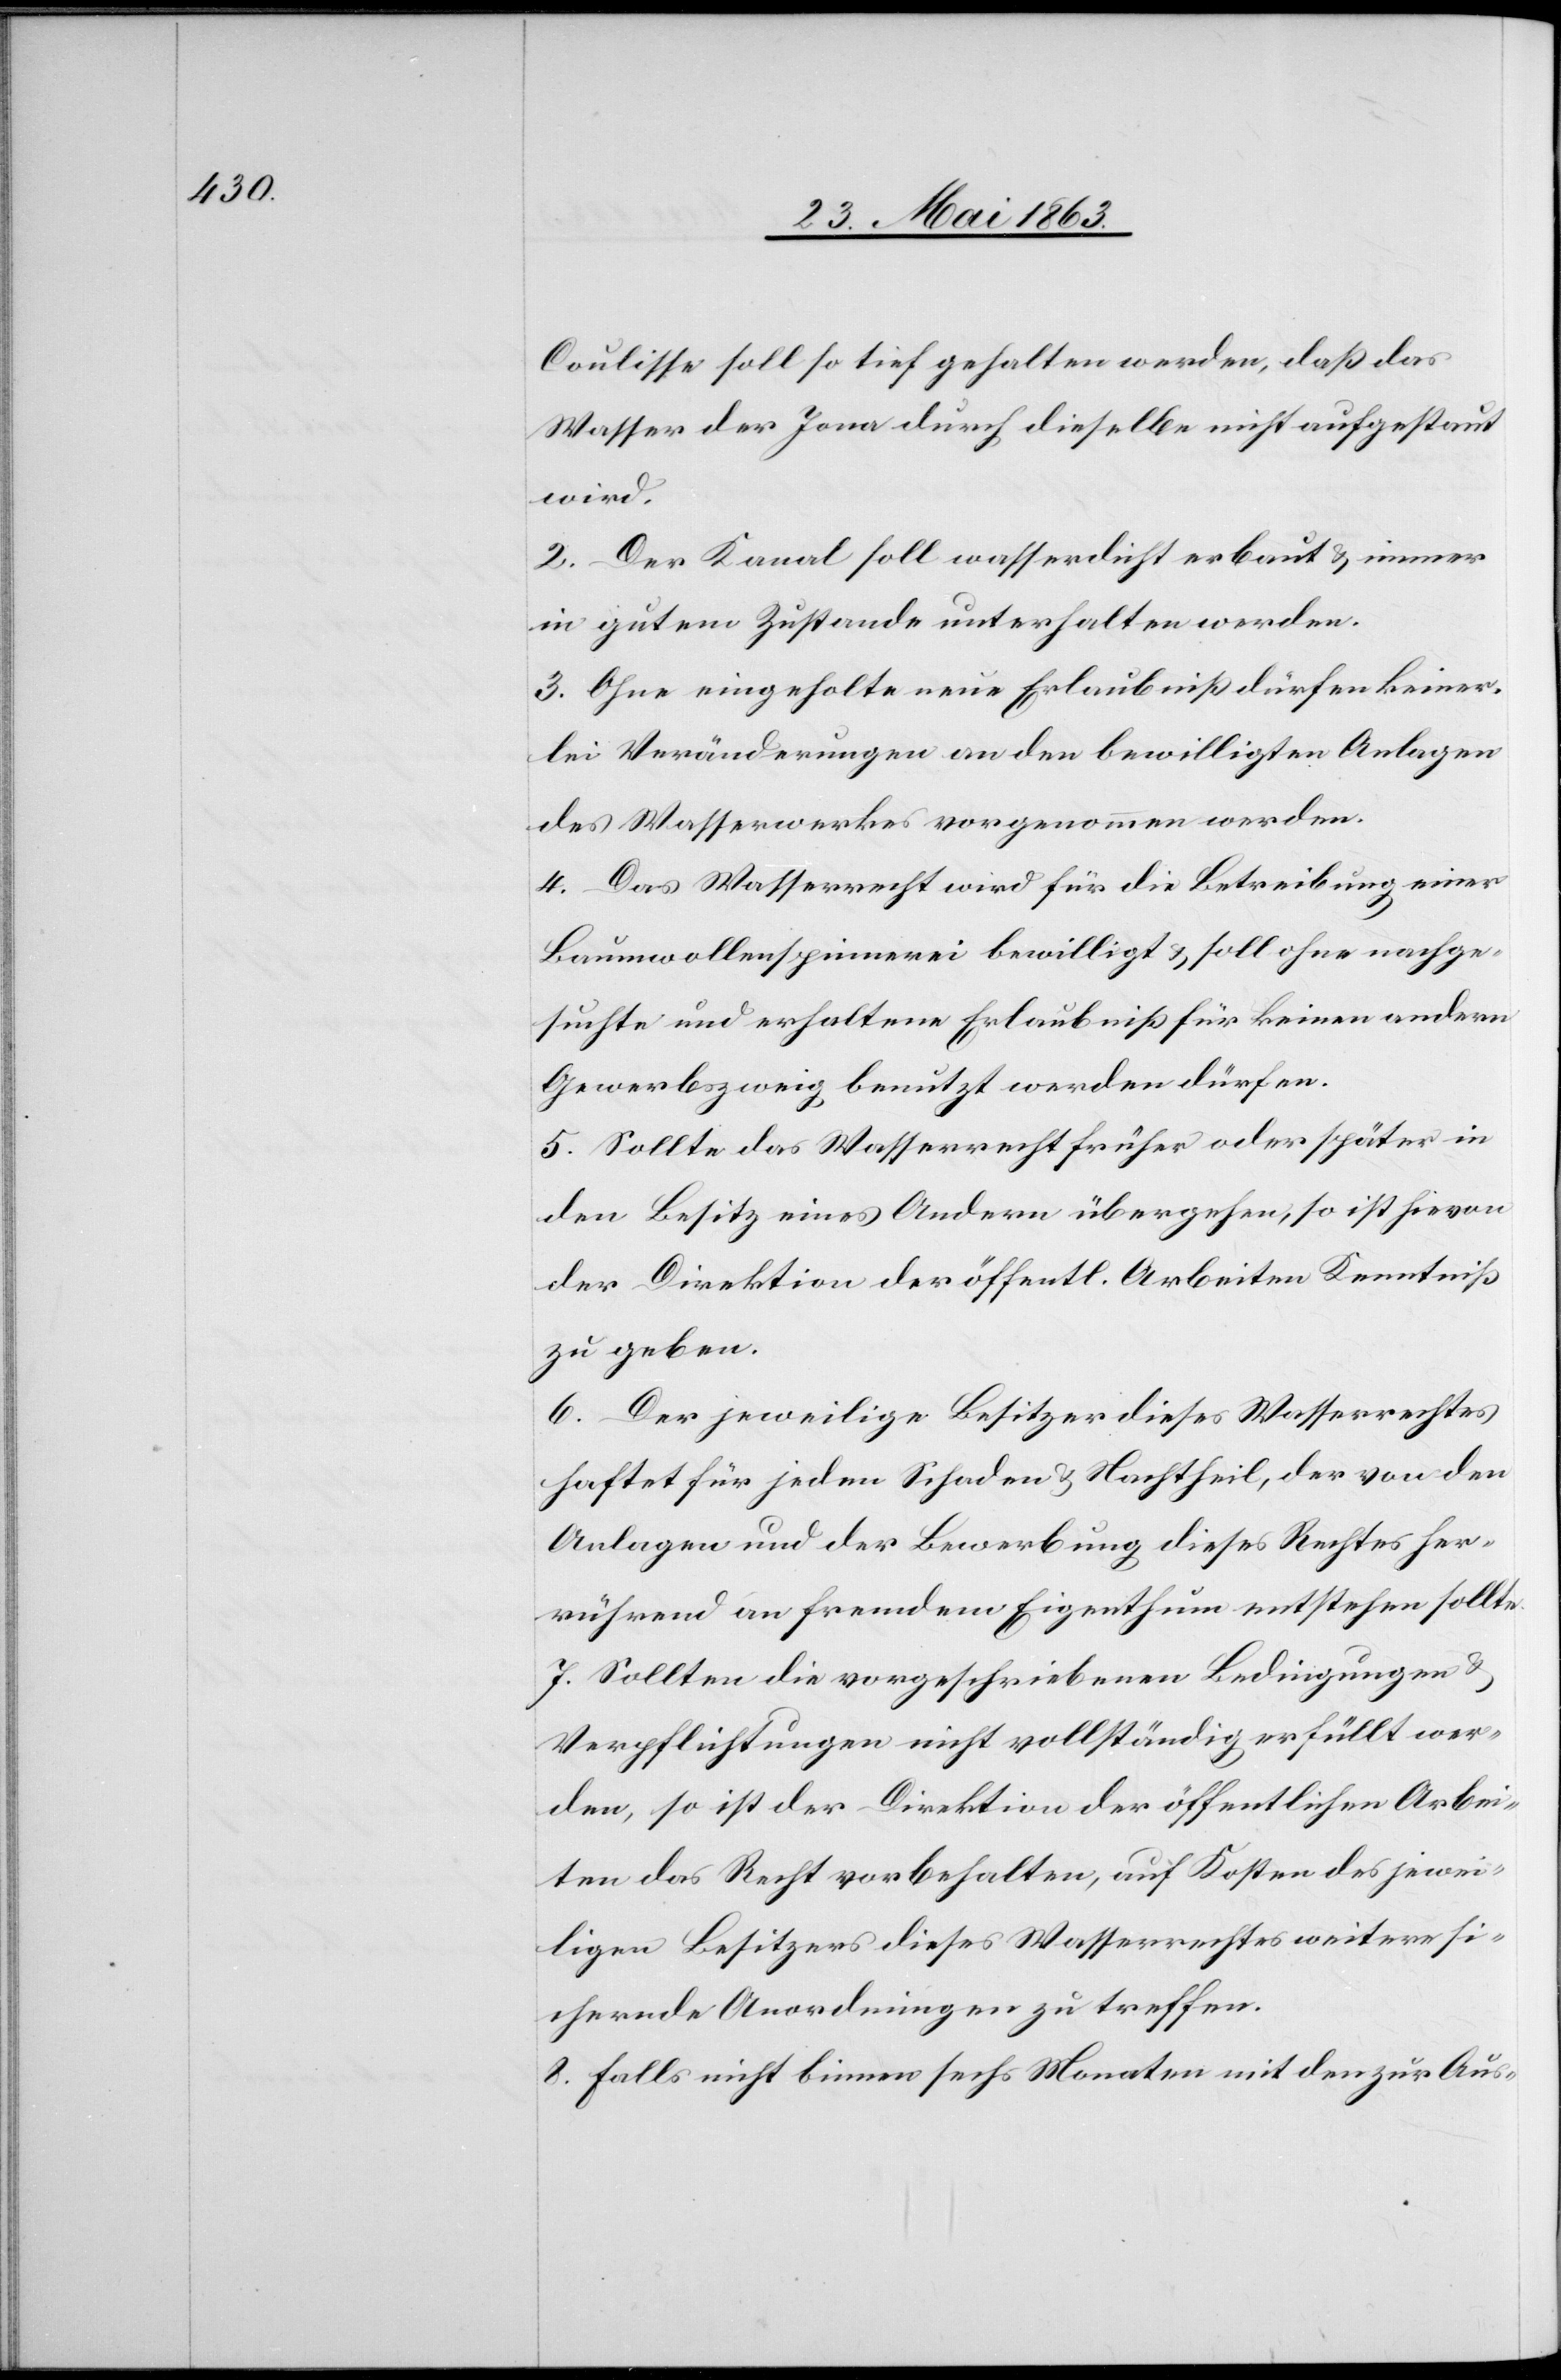
Coulisse soll so tief gehalten werden, daß das
Wasser der Jona durch dieselbe nicht aufgestaut
wird.
2. Der Kanal soll wasserdicht erbaut & immer
in gutem Zustande unterhalten werden.
3. Ohne eingeholte neue Erlaubniß dürfen keiner¬
lei Veränderungen an den bewilligten Anlagen
des Wasserwerkes vorgenommen werden.
4. Das Wasserrecht wird für die Betreibung einer
Baumwollenspinnerei bewilligt & soll ohne nachge¬
suchte und erhaltene Erlaubniß für keinen andern
Gewerbszweig benutzt werden dürfen.
5. Sollte das Wasserrecht früher oder später in
den Besitz eines Andern übergehen, so ist hievon
der Direktion der öffentl. Arbeiten Kenntniß
zu geben.
6. Der jeweilige Besitzer dieses Wasserrechtes
haftet für jeden Schaden & Nachtheil, der von den
Anlagen und der Bewerbung dieses Rechtes her¬
rührend an fremdem Eigenthum entstehen sollte.
7. Sollten die vorgeschriebenen Bedingungen &
Verpflichtungen nicht vollständig erfüllt wer¬
den, so ist der Direktion der öffentlichen Arbei¬
ten das Recht vorbehalten, auf Kosten des jewei¬
ligen Besitzers dieses Wasserrechtes weitere si¬
chernde Anordnungen zu treffen.
8. Falls nicht binnen sechs Monaten mit den zur Aus-